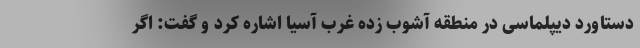
دستاورد دیپلماسی در منطقه آشوب زده غرب آسیا اشاره کرد و گفت: اگر